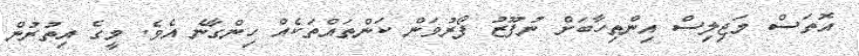
އޮތަސް މަޖިލިސް އިންތިހާބަށް ނުފޫޒު ފޯރުވަން ކަންތައްތަކެއް ހިންގާނެ އެވެ. މީގެ އިތުރުން